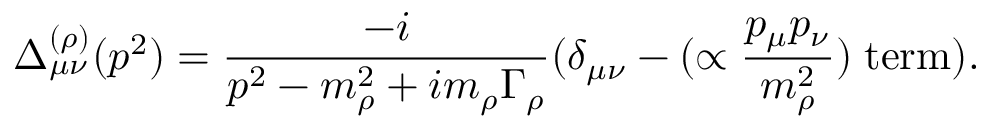
\Delta _ { \mu \nu } ^ { ( \rho ) } ( p ^ { 2 } ) = \frac { - i } { p ^ { 2 } - m _ { \rho } ^ { 2 } + i m _ { \rho } \Gamma _ { \rho } } ( \delta _ { \mu \nu } - ( \propto \frac { p _ { \mu } p _ { \nu } } { m _ { \rho } ^ { 2 } } ) \; \mathrm { t e r m } ) .